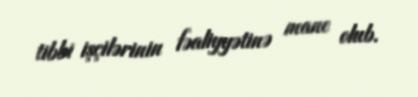
tibbi işçilərinin fəaliyyətinə mane olub.